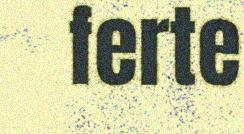
ferte